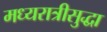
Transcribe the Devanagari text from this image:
मध्यरात्रीसुद्धा